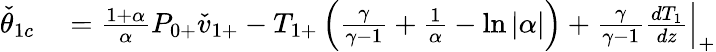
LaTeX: \begin{array}{rl}{\check{\theta}_{1c}}&{{}=\frac{1+\alpha}{\alpha}P_{0+}\check{v}_{1+}-{T}_{1+}\left(\frac{\gamma}{\gamma-1}+\frac{1}{\alpha}-\ln{|\alpha|}\right)+\frac{\gamma}{\gamma-1}\frac{dT_{1}}{dz}\Big|_{+}}\end{array}